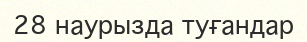
28 наурызда туғандар